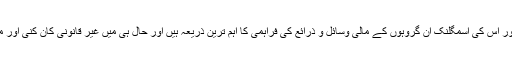
غیرملکی امداد کے علاوہ ، منشیات کی پیداوار اور اس کی اسمگلنک ان گروہوں کے مالی وسائل و ذرائع کی فراہمی کا اہم ترین ذریعہ ہیں اور حال ہی میں غیر قانونی کان کنی اور معدنی وسائل کی فروخت میں بھی اضافہ ہوا ہے۔